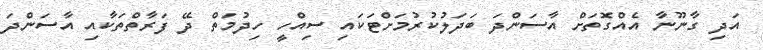
އަދި ގާނޫނާ އެއްގޮތަށް އާސަންދަ ބަދަލުކުރުމަށްޓަކައި ސިއްހީ ހިދުމަތް ދޭ ފަރާތްތަކާއި އާސަންދަ